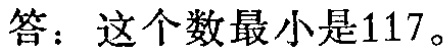
答：这个数最小是117。